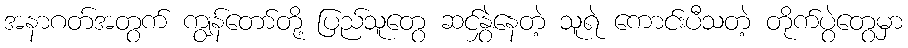
အနာဂတ်အတွက် ကျွန်တော်တို့ ပြည်သူတွေ ဆင်နွှဲနေတဲ့ သူရဲ ကောင်းပီသတဲ့ တိုက်ပွဲတွေမှာ